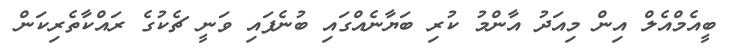
ބީއެމްއެލް އިން މިއަދު އާންމު ކުރި ބަޔާނެއްގައި ބުނެފައި ވަނީ ޗެކުގެ ރައްކާތެރިކަން